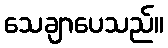
သေချာပေသည်။